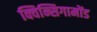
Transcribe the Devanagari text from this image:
क्विन्सिगामोंड